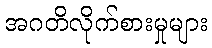
အဂတိလိုက်စားမှုများ